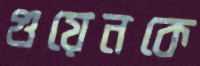
গুয়েনকে